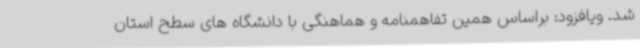
شد. ویافزود: براساس همین تفاهمنامه و هماهنگی با دانشگاه های سطح استان